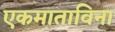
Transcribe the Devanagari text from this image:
एकमाताविना